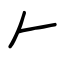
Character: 𠂉